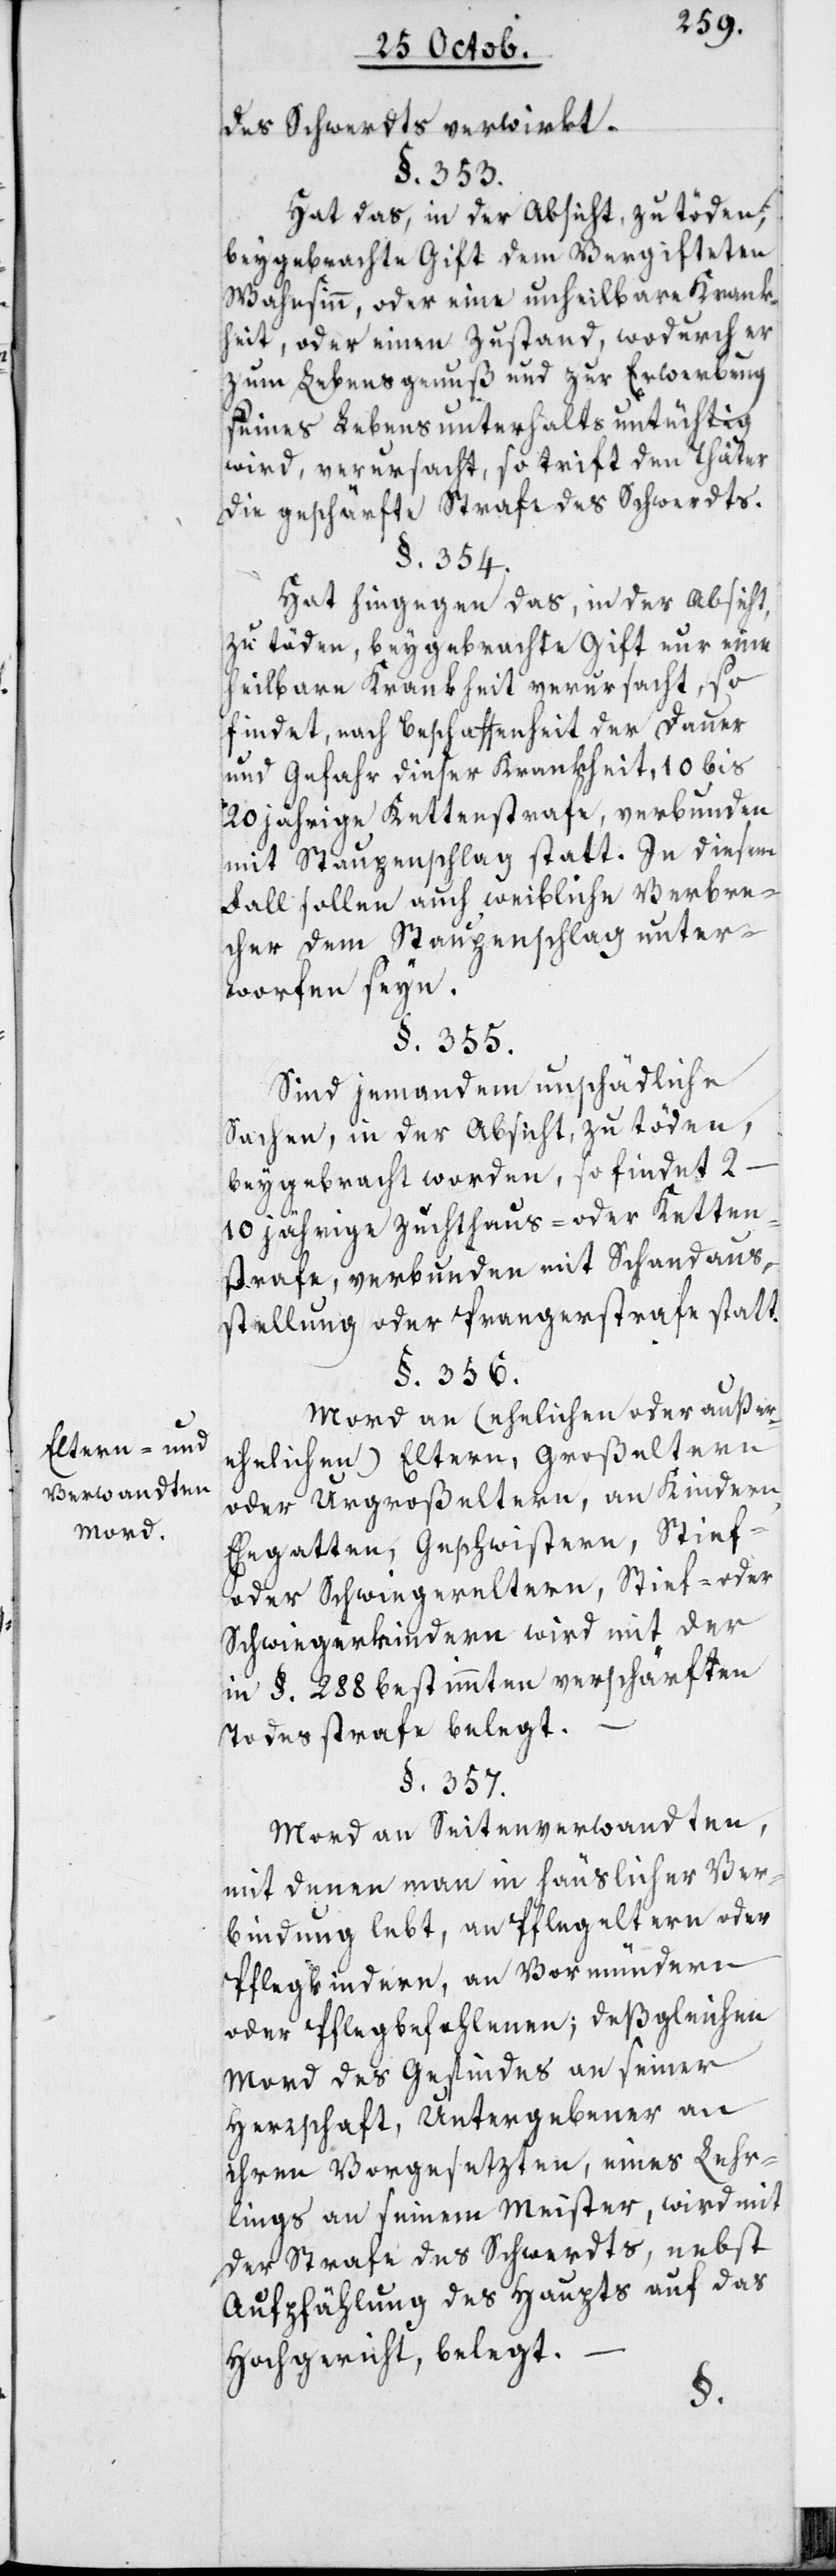
Eltern- und
Verwandtenm¬
ord.

des Schwerdts verwirkt.
§. 353.
Hat das, in der Absicht zu töden,
beygebrachte Gift dem Vergifteten
Wahnsinn, oder eine unheilbare Krank¬
heit, oder einen Zustand, wodurch er
zum Lebensgenuß und zur Erwerbung
seines Lebensunterhalts untüchtig
wird, verursacht, so trift den Thäter
die geschärfte Strafe des Schwerdts.
§. 354.
Hat hingegen das, in der Absicht,
zu töden, beygebrachte Gift nur un¬
heilbare Krankheit verursacht, so
findet, nach Beschaffenheit der Dauer
und Gefahr dieser Krankheit, 10 bis
20 jährige Kettenstrafe, verbunden
mit Staupenschlag statt. In diesem
Fall sollen auch weibliche Verbre¬
cher dem Staupenschlag unter¬
worfen seyn.
§. 355.
Sind jemandem unschädliche
Sachen, in der Absicht zu töden,
beygebracht worden, so findet
2–10 jährige Zuchthaus- oder Ketten¬
strafe, verbunden mit Schandaus¬
stellung oder Prangerstrafe statt.
§. 356.
Mord an (ehelichen oder außer¬
ehelichen) Eltern, Großeltern
oder Urgroßeltern, an Kindern
Ehegatten, Geschwistern, Stief-
oder Schwiegereltern, Stief- oder
Schwiegerkindern wird mit der
in §. 288 bestimmten verschärften
Todesstrafe belegt.
§. 357.
Mord an Seitenverwandten,
mit denen man in häuslicher Ver¬
bindung lebt, an Pflegeltern oder
Pflegkindern, an Vormündern
oder Pflegbefohlenen, desgleichen
Mord des Gesindes an seiner
Herrschaft, Untergebener an
ihren Vorgesezten, eines Lehr¬
lings an seinem Meister, wird mit
der Strafe des Schwerdts, nebst
Aufpfählung des Haupts auf das
Hochgericht, belegt.